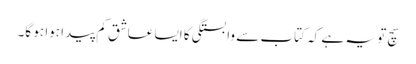
سچ تو یہ ہے کہ کتاب سے وابستگی کا ایسا عاشق کم پیدا ہوا ہو گا۔